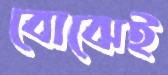
বোঝেই